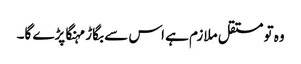
وہ تو مستقل ملازم ہے اس سے بگاڑ مہنگا پڑے گا۔